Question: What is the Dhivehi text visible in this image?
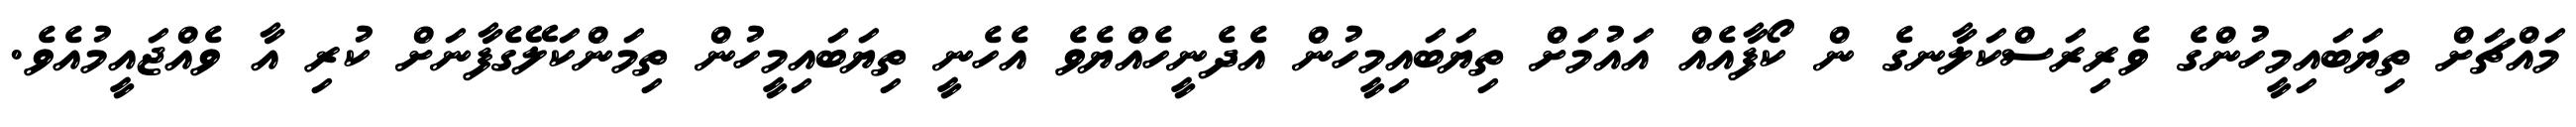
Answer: މައްޗަށް ތިޔަބައިމީހުންގެ ވެރިރަސްކަލާނގެ ން ކޯފާއެއް އައުމަށް ތިޔަބައިމީހުން އެދެނީހެއްޔެވެ އެހެނީ ތިޔަބައިމީހުން ތިމަންކަލޭގެފާނަށް ކުރި އާ ވެއްޖައީމުއެވެ.